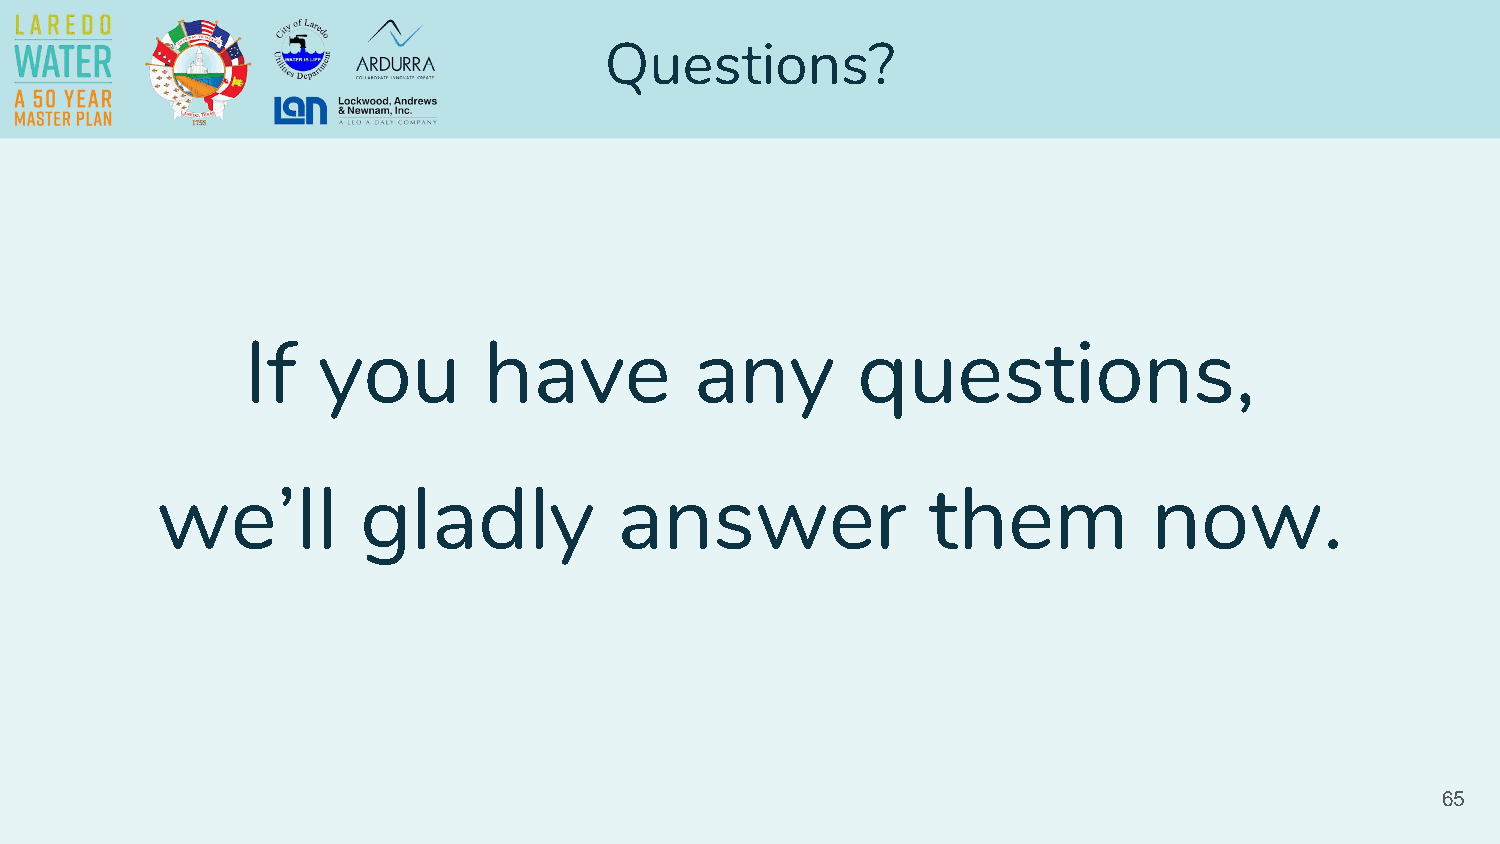
Questions?
 If   you        have          any        questions,
 we’ll         gladly           answer              them           now.
 65